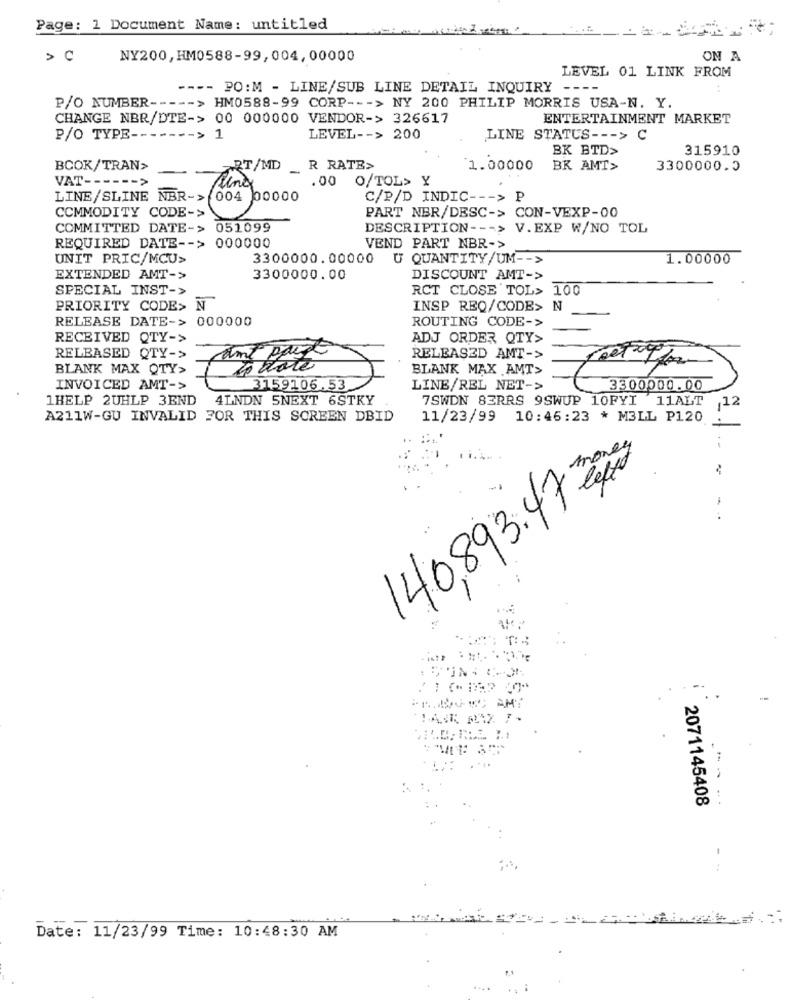
Page: 1 Document Name: untitled
NY200, HM0588-99,004,00000
ON A
LEVEL 01 LINK FROM
---- PO: M - LINE/SUB LINE DETAIL INQUIRY ----
P/O NUMBER ----- > HM0588-99 CORP --- > NY 200 PHILIP MORRIS USA-N. Y.
CHANGE NBR/DTE-> 00 000000 VENDOR-> 326617
ENTERTAINMENT MARKET
P/O TYPE ------- > 1
LEVEL -- > 200
LINE STATUS --- > C
BK BTD>
315910
BCOK/TRAN>
RT/MD R RATE>
1.00000
BK AMT>
3300000.5
VAT ------ >
Ting
.00 O/TOL> Y
LINE/SLINE NBR-> 004 00000
C/P/D INDIC --- >1
COMMODITY CODE->
PART NBR/DESC-> CON-VEXP-00
COMMITTED DATE-> 051099
DESCRIPTION --- > V.EXP W/NO TOL
REQUIRED DATE -- > 000000
VEND PART NBR->
UNIT PRIC/MCU>
3300000.00000 U QUANTITY/UM -- >
1.00000
EXTENDED AMT->
3300000.00
DISCOUNT AMT->
SPECIAL INST->
RCT CLOSE TOL> 100
PRIORITY CODE> N
INSP REQ/CODE> N
RELEASE DATE-> 000000
ROUTING CODE->
RECEIVED QTY->
ADJ ORDER QTY>
RELEASED QTY->
RELEASED AMT->
BLANK MAX QTY>
BLANK MAX AMT>
INVOICED AMT->
3159106.53
LINE/REL NET->
3300000.00
1HELP 2UHLP 3END
4LNDN 5NEXT 6STKY
7SWDN 83RRS 9SWUP 10FYI 11ALT 12
A211W-GU INVALID FOR THIS SCREEN DBID
11/23/99 10:46:23 * M3LL P120
. .
140,893.47 0pas
-
--
2071145408
Date: 11/23/99 Time: 10:48:30 AM
....